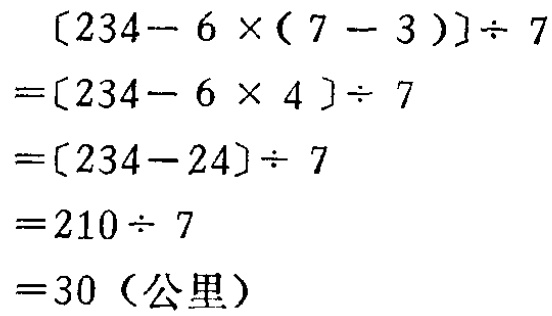
\[
\begin{align*}
&[234 - 6\times(7 - 3)]\div7\\
=&[234 - 6\times4]\div7\\
=&[234 - 24]\div7\\
=&210\div7\\
=&30（公里）
\end{align*}
\]